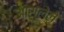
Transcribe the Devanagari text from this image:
आसुलेले